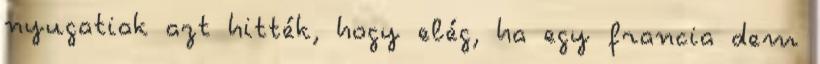
nyugatiak azt hitték, hogy elég, ha egy francia dem